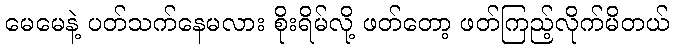
မေမေနဲ့ ပတ်သက်နေမလား စိုးရိမ်လို့ ဖတ်တော့ ဖတ်ကြည့်လိုက်မိတယ်